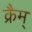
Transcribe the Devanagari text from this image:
क्रैम्